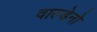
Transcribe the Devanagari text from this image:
वाल्डेनो